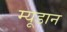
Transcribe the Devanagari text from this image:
म्यूडान